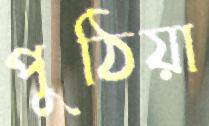
পুঠিয়া